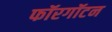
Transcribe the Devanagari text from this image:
फॉरगॉटन